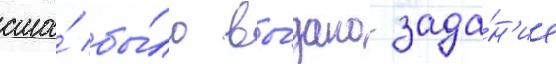
сша́ бы́ло вы́дано зада́н'ие